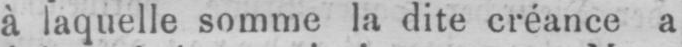
à laquelle somme la dite créance a